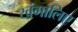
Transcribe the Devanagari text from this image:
खंगालिए